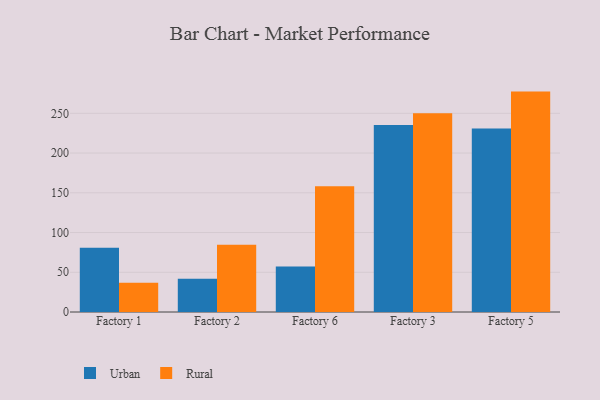
{"axis": {"x": "Factory", "y": "Satisfaction Score"}, "legend": ["Rural", "Urban"], "data": [{"x": "Factory 1", "y": 80.8, "type": "Urban"}, {"x": "Factory 1", "y": 36.9, "type": "Rural"}, {"x": "Factory 2", "y": 41.8, "type": "Urban"}, {"x": "Factory 2", "y": 84.5, "type": "Rural"}, {"x": "Factory 6", "y": 57.2, "type": "Urban"}, {"x": "Factory 6", "y": 158.3, "type": "Rural"}, {"x": "Factory 3", "y": 235.3, "type": "Urban"}, {"x": "Factory 3", "y": 250.1, "type": "Rural"}, {"x": "Factory 5", "y": 230.8, "type": "Urban"}, {"x": "Factory 5", "y": 277.3, "type": "Rural"}]}